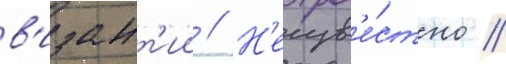
в'изант'ии // Н'еизв'е́стно /